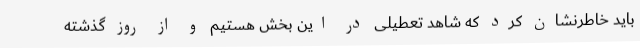
باید خاطرنشان کرد که شاهد تعطیلی در این بخش هستیم و از روز گذشته